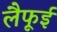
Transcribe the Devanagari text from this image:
लैफूई